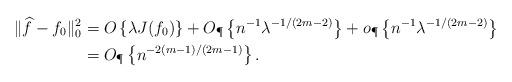
LaTeX: \begin{align*}\|\widehat{f} - f_0\|_0^2 & = O\left\{\lambda J(f_0)\right\} + O_\P\left\{ n^{-1}\lambda^{-1/(2m-2)}\right\} + o_\P\left\{ n^{-1}\lambda^{-1/(2m-2)}\right\} \\& = O_\P\left\{n^{-2(m-1)/(2m-1)}\right\}.\end{align*}